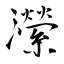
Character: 瀠